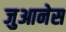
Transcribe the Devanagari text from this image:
जुआनेस